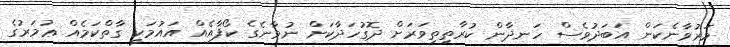
މަރުވާނެކަން އަބަދުވެސް ހަނދާން ކުރާތިތިވަރަށް ދޮގުހަދާކަށް ނުވާނެގެ ކޯފާއެއް އައުމަކީ ގާތްކަމެއް ޢުމަރުގެ